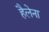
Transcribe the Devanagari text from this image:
हैलेना